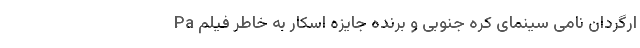
ارگردان نامی سینمای کره جنوبی و برنده جایزه اسکار به خاطر فیلم Pa